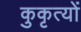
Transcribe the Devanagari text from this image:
कुकृत्‍यों